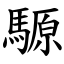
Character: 騵